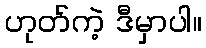
ဟုတ်ကဲ့ ဒီမှာပါ။